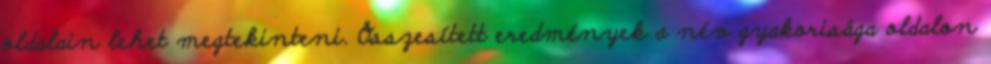
oldalain lehet megtekinteni. Összesített eredmények a név gyakorisága oldalon